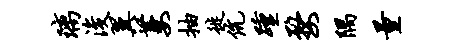
璃浚翼萋抽徙伉踵婺隅量